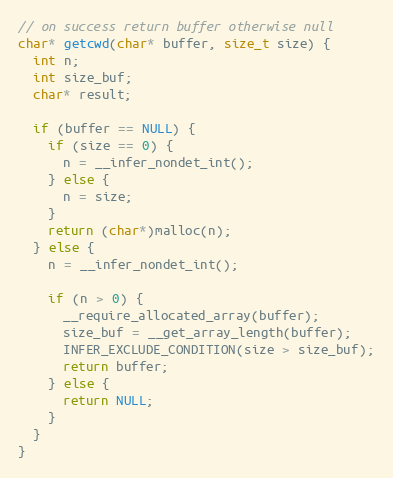
Language: C
// on success return buffer otherwise null
char* getcwd(char* buffer, size_t size) {
  int n;
  int size_buf;
  char* result;

  if (buffer == NULL) {
    if (size == 0) {
      n = __infer_nondet_int();
    } else {
      n = size;
    }
    return (char*)malloc(n);
  } else {
    n = __infer_nondet_int();

    if (n > 0) {
      __require_allocated_array(buffer);
      size_buf = __get_array_length(buffer);
      INFER_EXCLUDE_CONDITION(size > size_buf);
      return buffer;
    } else {
      return NULL;
    }
  }
}